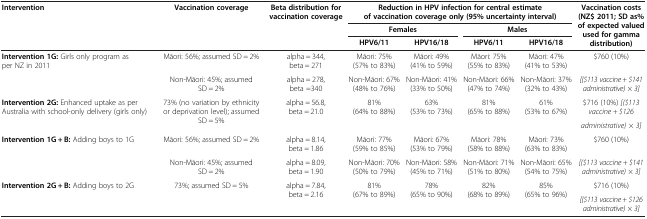
<table><thead><tr><td rowspan="3"><b>Intervention</b></td><td rowspan="3"><b>Vaccination coverage</b></td><td rowspan="3"><b>Beta distribution for vaccination coverage</b></td><td colspan="4"><b>Reduction in HPV infection for central estimate of vaccination coverage only (95% uncertainty interval)</b></td><td rowspan="3"><b>Vaccination costs (NZ$ 2011; SD as% of expected valued used for gamma distribution)</b></td></tr><tr><td colspan="2"><b>Females</b></td><td colspan="2"><b>Males</b></td></tr><tr><td><b>HPV6/11</b></td><td><b>HPV16/18</b></td><td><b>HPV6/11</b></td><td><b>HPV16/18</b></td></tr></thead><tbody><tr><td rowspan="2"><b>Intervention 1G:</b> Girls only program as per NZ in 2011</td><td>Māori: 56%; assumed SD = 2%</td><td>alpha = 344, beta = 271</td><td>Māori: 75% (57% to 83%)</td><td>Māori: 49% (41% to 59%)</td><td>Māori: 75% (55% to 83%)</td><td>Māori: 47% (41% to 53%)</td><td>$760 (10%)</td></tr><tr><td>Non-Māori: 45%; assumed SD = 2%</td><td>alpha = 278, beta =340</td><td>Non-Māori: 67% (48% to 76%)</td><td>Non-Māori: 41% (33% to 50%)</td><td>Non-Māori: 66% (47% to 74%)</td><td>Non-Māori: 37% (32% to 43%)</td><td><i>[($113 vaccine + $141 administrative) × 3]</i></td></tr><tr><td rowspan="2"><b>Intervention 2G:</b> Enhanced uptake as per Australia with school-only delivery (girls only)</td><td rowspan="2">73% (no variation by ethnicity or deprivation level); assumed SD = 5%</td><td rowspan="2">alpha = 56.8, beta = 21.0</td><td rowspan="2">81% (64% to 88%)</td><td rowspan="2">63% (53% to 73%)</td><td rowspan="2">81% (65% to 88%)</td><td rowspan="2">61% (53% to 67%)</td><td>$716 (10%) <i>[($113 vaccine + $126</i></td></tr><tr><td><i>administrative) × 3]</i></td></tr><tr><td><b>Intervention 1G + B:</b> Adding boys to 1G</td><td>Māori: 56%; assumed SD = 2%</td><td>alpha = 8.14, beta = 1.86</td><td>Māori: 77% (59% to 85%)</td><td>Māori: 67% (53% to 79%)</td><td>Māori: 78% (58% to 88%)</td><td>Māori: 73% (63% to 83%)</td><td>$760 (10%)</td></tr><tr><td> </td><td>Non-Māori: 45%; assumed SD = 2%</td><td>alpha = 8.09, beta = 1.90</td><td>Non-Māori: 70% (50% to 79%)</td><td>Non-Māori: 58% (45% to 71%)</td><td>Non-Māori: 71% (51% to 80%)</td><td>Non-Māori: 65% (54% to 75%)</td><td><i>[($113 vaccine + $141 administrative) × 3]</i></td></tr><tr><td rowspan="2"><b>Intervention 2G + B:</b> Adding boys to 2G</td><td rowspan="2">73%; assumed SD = 5%</td><td rowspan="2">alpha = 7.84, beta = 2.16</td><td rowspan="2">81% (67% to 89%)</td><td rowspan="2">78% (65% to 90%)</td><td rowspan="2">82% (68% to 89%)</td><td rowspan="2">85% (65% to 96%)</td><td>$716 (10%)</td></tr><tr><td><i>[($113 vaccine + $126 administrative) × 3]</i></td></tr></tbody></table>